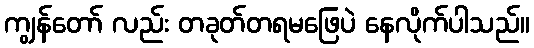
ကျွန်တော် လည်း တခုတ်တရမဖြေပဲ နေလိုက်ပါသည်။